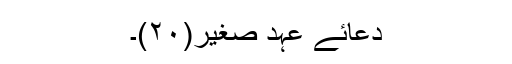
دعائے عہد صغیر(۲۰)۔